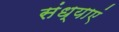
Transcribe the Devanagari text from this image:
संध्याएं